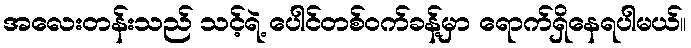
အလေးတန်းသည် သင့်ရဲ့ ပေါင်တစ်ဝက်ခန့်မှာ ရောက်ရှိနေရပါမယ်။